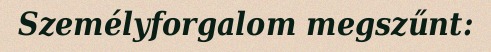
Személyforgalom megszűnt: